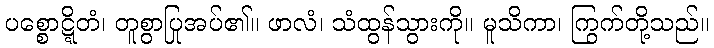
ပစ္စောဋ္ဋိတံ၊ တူစွာပြုအပ်၏။ ဖာလံ၊ သံထွန်သွားကို။ မူသိကာ၊ ကြွက်တို့သည်။